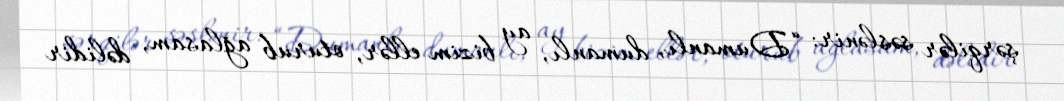
şərqilər səslənir: “Dumanlı, dumanlı, ay bizim ellər, oturub ağlasam, dəlidir